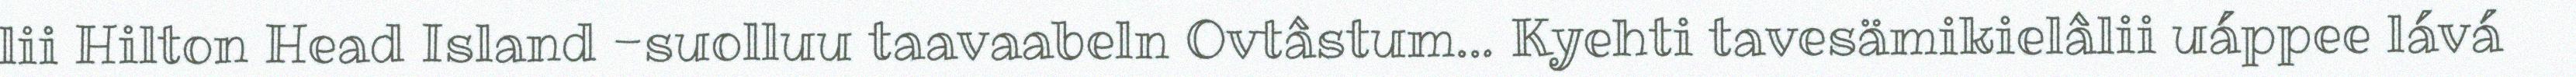
lii Hilton Head Island -suolluu taavaabeln Ovtâstum... Kyehti tavesämikielâlii uáppee lává